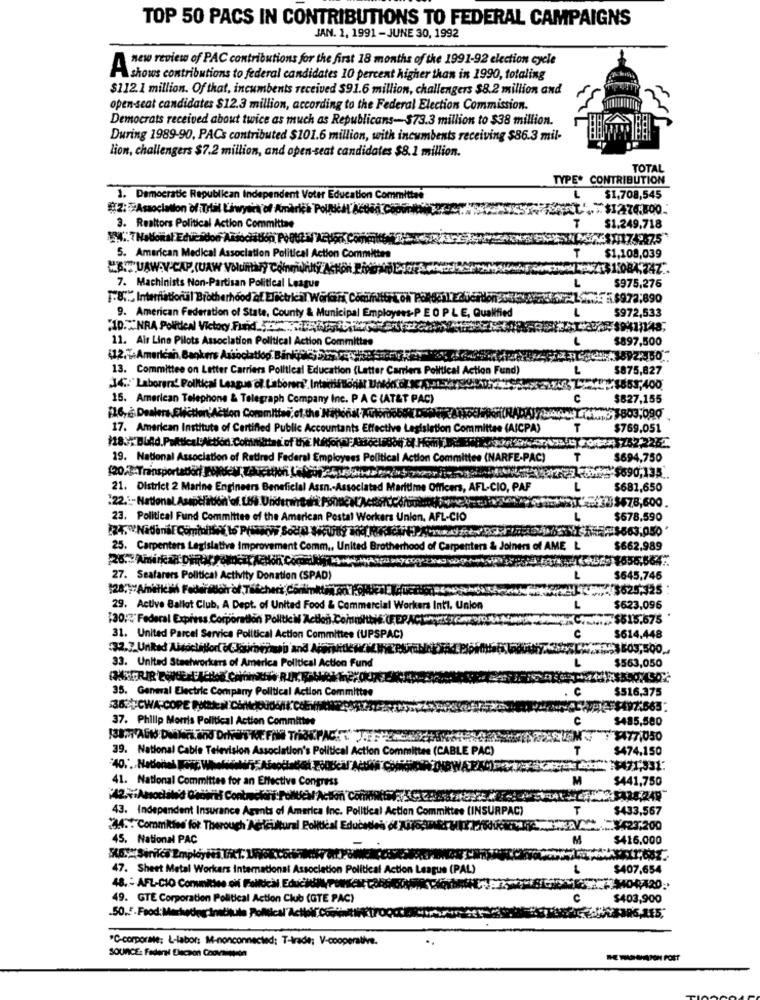
TOP 50 PACS IN CONTRIBUTIONS TO FEDERAL CAMPAIGNS
JAN. 1, 1991 - JUNE 30, 1992
"es review of PAC contributions for the first 18 months of the 1991-92 election cycle
shows contributions to federal candidates 10 percent higher than in 1990, totaling
$112.1 million. Of that, incumbents received $91.6 million, challengers $8.2 million and
open-seat candidates $12.3 million, according to the Federal Election Commission.
Democrats received about twice as much as Republicans-$73.3 million to $38 million.
During 1989-90, PACs contributed $101.6 million, with incumbents receiving $86.3 mil-
lion, challengers $7.2 million, and open-seat candidates $8.1 million.
TOTAL
TYPE* CONTRIBUTION
1. Democratic Republican Independent Voter Education Committee
$1,708,545
3. Realtors Political Action Committee
T
$1.249,718
MO4. 7Nablomal Educadon Association PORUEN AZVOR CO
5. American Medical Association Political Action Committee
T
$1,108,039
"BUAW-V-CAP (UAW Voluntary Coinminuty Acton PiperEso
11:084,74Z.
L
7. Machinists Non-Partisan Political League
$975,276
18, Internatiorul Brotherhood of Electrical. Woran ConTrib
9. American Federation of State, County & Municipal Employees-
OPLE, Qualified
-
5972,533
"10."NRA Political Victory Fund ...... .
11. Air Line Pilots Association Political Action Committee
$897,500
(12.7.American, Bankers Association. Binkfoto :- )
13. Committee on Letter Carriers Political Education (Letter Carriers Political Action Fund)
$875,827
14:"Laboren' Political League of Laborers". Int
¥1853,400
15. American Telephone & Telegraph Company Inc.
C (AT&T PAC)
$827,155
F16, & Dealers Eliction'Action Committee, of the
$803,099
17. American Institute of Certified Public Account
ats Effective Legislation Committee (AICPA)
T
$769.051
162,225
19. National Association of Retired Federal Emp
olitical Action Co
ommittes (NARFE-PAC)
$694,750
120 Transportador FREM, Takcation L
~$690,135 ..
21. District 2 Marine Engineers Beneficial
Officers, AFL-CIO, PAF
$681,650
"22 .: National Association of Le. Underwhtoft. P
23$678,600
23. Political Fund Committee of the American Postal
Workers Union, AFL-CIO
$678,590
$563,050'
25. Carpenters Legislative Improvement Co
AME L
$662,989
27. Seafarers Political Activity Donation (SPAD)
$645.746
$625,325
29. Active Ballot Club, A Dept. of United Food & Commercial Workers Intl. Union
$623,096
130 Federal Express Corporation Politici Action
$515.675
31. United Parcel Service Political Action Committee (UPSPAC)
$614.448
93603,500
33. United Staetworkers of America Political Action Fund
$563,050
35. General Electric Company Political Action Committee
$516,375
36CWA-COPE PARA A CARGOCHE
$$497:565.
37. Philip Morris Political Action Committee
$485,500
$477,050
39. National Cable Television Association's Political Action Committee (CABLE PAC)
T
$474.150
41. National Committee for an Effective Congress
M
$441,750
43. Independent Insurance Agents of America Inc. Political Action Committee (INSURPAC)
T
$433,567
4 .. "Committee for Therough Agricultural Polble
Educetle
WANY423,200
45. National PAC
M
$416,000
47. Sheet Metal Workers International Association Political Action League (PAL)
$407,654
48. - AFL-CIO Conunities of Falltici EducHANyPONEMt COR
49. GTE Corporation Political Action Club (GTE PAC)
c
$403,900
.50.5.Food: Marketingdinetitulo Political"Actif.Com
6.115,
"C-corporate; L-labor: M-nonconnected; T-trade; V-cooperative.
SOURCE: Faderel Elecaon Coovaisson